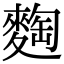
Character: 𪌼